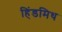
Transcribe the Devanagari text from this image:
हिंडमिथ